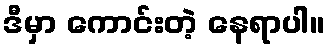
ဒီမှာ ကောင်းတဲ့ နေရာပါ။